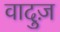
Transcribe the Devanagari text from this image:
वादुज़